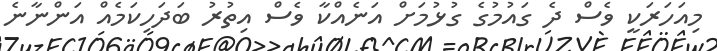
މިއަހަރަކީ ވެސް ދެ ގައުމުގެ ގުޅުމަށް އަނެއްކާ ވެސް އިތުރު ބަދަހިކަމެއް އަންނާނެ